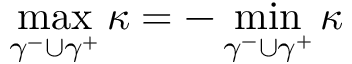
\operatorname* { m a x } _ { \gamma ^ { - } \cup \gamma ^ { + } } \kappa = - \operatorname* { m i n } _ { \gamma ^ { - } \cup \gamma ^ { + } } \kappa